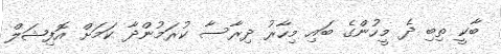
ބާކީ ތިބި ދެ މީހުންގެ ބައި މިހާރު ދިރާސާ ކުރަމުންދާ ކަމަށް އޮފިޝަލް